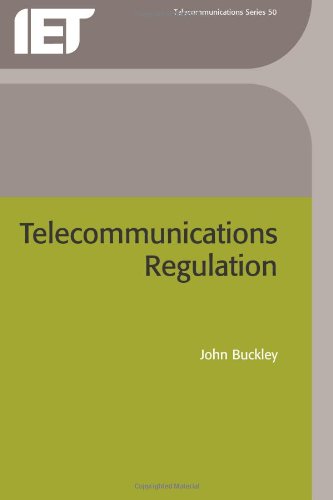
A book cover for Telecommunications Regulation; J. Buckley; Law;